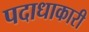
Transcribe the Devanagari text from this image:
पदाधाकारी